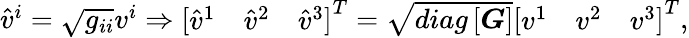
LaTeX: \begin{array}{r}{\hat{v}^{i}=\sqrt{g_{ii}}v^{i}\Rightarrow\left[\begin{array}{lll}{\hat{v}^{1}}&{\hat{v}^{2}}&{\hat{v}^{3}}\end{array}\right]^{T}=\sqrt{diag\left[\boldsymbol{G}\right]}\left[\begin{array}{lll}{v^{1}}&{v^{2}}&{v^{3}}\end{array}\right]^{T},}\end{array}